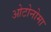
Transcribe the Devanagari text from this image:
ओटोनोमा